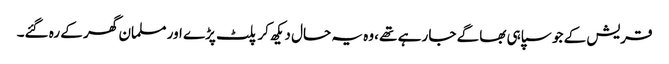
قریش کے جو سپاہی بھاگے جا رہے تھے ،وہ یہ حال دیکھ کر پلٹ پڑے اور مسلمان گھر کے رہ گئے۔